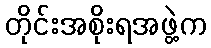
တိုင်းအစိုးရအဖွဲ့က